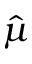
\hat { \mu }